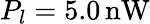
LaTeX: P_{l}=5.0\, \mathrm{nW}